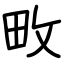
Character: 畋